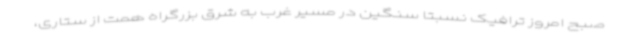
صبح امروز ترافیک نسبتا سنگین در مسیر غرب به شرق بزرگراه همت از ستاری،